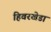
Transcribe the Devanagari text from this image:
हिवरखेडा